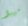
مهبط